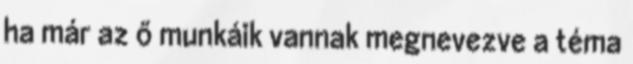
ha már az ő munkáik vannak megnevezve a téma